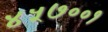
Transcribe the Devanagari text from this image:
४५७००१